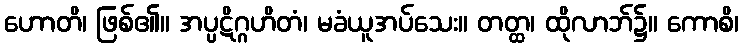
ဟောတိ၊ ဖြစ်၏။ အပ္ပဋိဂ္ဂဟိတံ၊ မခံယူအပ်သေး။ တတ္ထ၊ ထိုလာဘ်၌။ ကောစိ၊